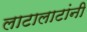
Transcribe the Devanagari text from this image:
लाटालाटांनी